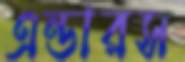
এন্ডারস